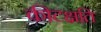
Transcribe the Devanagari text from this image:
कीटक्षति